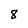
Character: 8